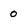
Character: 0